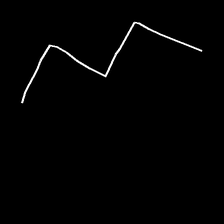
Glyph: crush